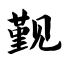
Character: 觐